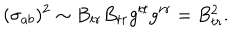
( \sigma _ { a b } ) ^ { 2 } \sim B _ { t r } B _ { t r } g ^ { t t } g ^ { r r } = B _ { t r } ^ { 2 } .